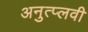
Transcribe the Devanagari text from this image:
अनुत्प्लवी